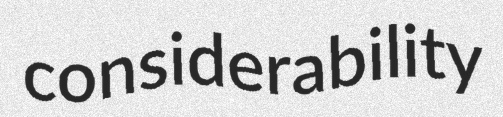
considerability